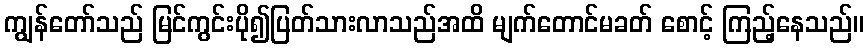
ကျွန်တော်သည် မြင်ကွင်းပို၍ပြတ်သားလာသည်အထိ မျက်တောင်မခတ် စောင့် ကြည့်နေသည်။